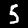
Digit: 5